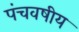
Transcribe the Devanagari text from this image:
पंचवषीय